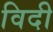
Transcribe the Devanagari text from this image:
विदी